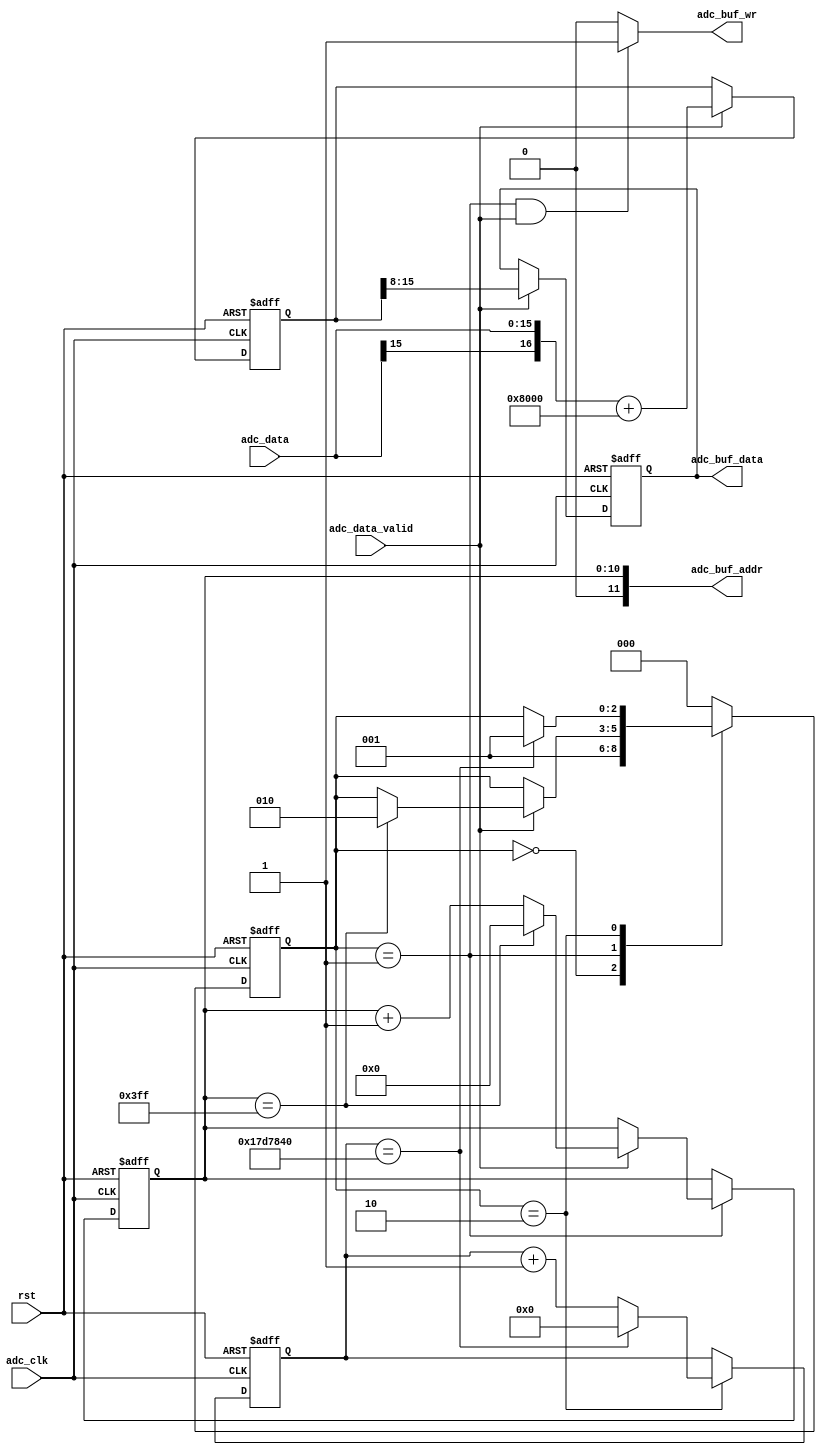
// This program was cloned from: https://github.com/Manistein/let-us-build-a-computer-system
// License: MIT License

//////////////////////////////////////////////////////////////////////////////////
//                                                                              //
//                                                                              //
//          msq@qq.com                                                          //
//          ALINX(shanghai) Technology Co.,Ltd                                  //
//          heijin                                                              //
//     WEB: http://www.alinx.cn/                                                //
//     BBS: http://www.heijin.org/                                              //
//                                                                              //
//////////////////////////////////////////////////////////////////////////////////
//                                                                              //
// Copyright (c) 2017,ALINX(shanghai) Technology Co.,Ltd                        //
//                    All rights reserved                                       //
//                                                                              //
// This source file may be used and distributed without restriction provided    //
// that this copyright statement is not removed from the file and that any      //
// derivative work contains the original copyright notice and the associated    //
// disclaimer.                                                                  //
//                                                                              //
//////////////////////////////////////////////////////////////////////////////////

//================================================================================
//  Revision History:
//  Date          By            Revision    Change Description
//--------------------------------------------------------------------------------
//2017/8/28                   1.0          Original
//*******************************************************************************/
module ad7606_sample(
	input                       adc_clk,
	input                       rst,
	input[15:0]                 adc_data,
	input                       adc_data_valid,
	output                      adc_buf_wr,
	output[11:0]                adc_buf_addr,
	output[7:0]                 adc_buf_data
);

//`define TRIGGER

localparam       S_IDLE    = 0;
localparam       S_SAMPLE  = 1;
localparam       S_WAIT    = 2;

reg signed[16:0] adc_data_offset;
reg[7:0] adc_data_narrow;
reg[7:0] adc_data_narrow_d0;
reg[10:0] sample_cnt;
reg[31:0] wait_cnt;
reg[2:0] state;
assign adc_buf_addr = sample_cnt;
assign adc_buf_data = adc_data_narrow;
assign adc_buf_wr = (state == S_SAMPLE && adc_data_valid == 1'b1) ? 1'b1 : 1'b0;//ram write data enable
always@(posedge adc_clk or posedge rst)
begin
	if(rst == 1'b1)
		adc_data_offset <= 13'd0;
	else if(adc_data_valid == 1'b1)
		adc_data_offset <= {adc_data[15],adc_data} + 17'd32768;
end

always@(posedge adc_clk or posedge rst)
begin
	if(rst == 1'b1)
		adc_data_narrow <= 8'd0;
	else if(adc_data_valid == 1'b1)
		adc_data_narrow <= adc_data_offset[15:8];
end

always@(posedge adc_clk or posedge rst)
begin
	if(rst == 1'b1)
		adc_data_narrow_d0 <= 8'd0;
	else if(adc_data_valid == 1'b1)
		adc_data_narrow_d0 <= adc_data_narrow;
end
always@(posedge adc_clk or posedge rst)
begin
	if(rst == 1'b1)
	begin
		state <= S_IDLE;
		wait_cnt <= 32'd0;
		sample_cnt <= 11'd0;
	end
	else
		case(state)
			S_IDLE:
			begin
				state <= S_SAMPLE;
			end
			S_SAMPLE:
			begin
				if(adc_data_valid == 1'b1)
				begin
					if(sample_cnt == 11'd1023)
					begin
						sample_cnt <= 11'd0;
						state <= S_WAIT;
					end
					else
					begin
						sample_cnt <= sample_cnt + 11'd1;
					end
				end
			end		
			S_WAIT:
			begin
`ifdef  TRIGGER				
				if(adc_data_valid == 1'b1 && adc_data_narrow_d0 < 8'd127 && adc_data_narrow >= 8'd127)
					state <= S_SAMPLE;
`else
				if(wait_cnt == 32'd25_000_000)
				begin
					state <= S_SAMPLE;
					wait_cnt <= 32'd0;
				end
				else
				begin
					wait_cnt <= wait_cnt + 32'd1;
				end
`endif					
			end	
			default:
				state <= S_IDLE;
		endcase
end

endmodule